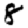
Digit: 8